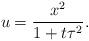
LaTeX: \begin{align*} u=\frac{x^2}{1+t\tau^2}.\end{align*}